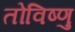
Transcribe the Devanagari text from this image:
तोविष्णु